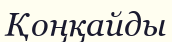
Қоңқайды